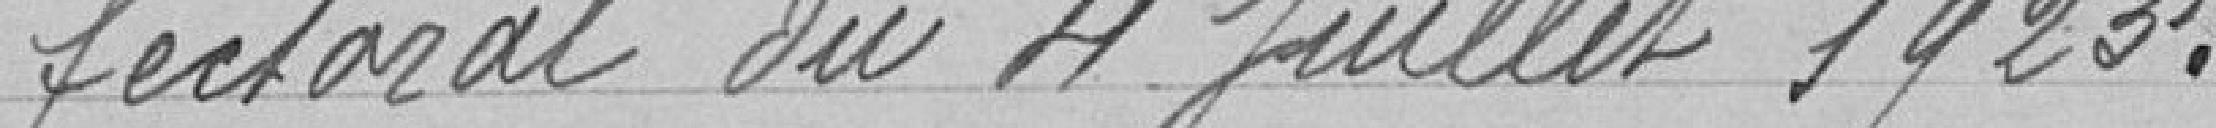
fectoral du 4 juillet 1923.